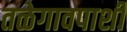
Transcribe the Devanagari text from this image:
तळेगावपाशी